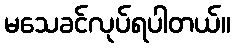
မသေခင်လုပ်ရပါတယ်။